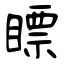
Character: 瞟